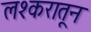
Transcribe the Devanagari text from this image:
लश्करातून